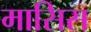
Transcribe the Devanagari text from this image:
मासिस